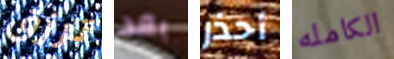
ترزق بعد أحذر الكامله